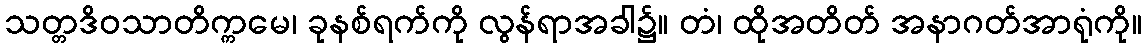
သတ္တဒိဝသာတိက္ကမေ၊ ခုနစ်ရက်ကို လွန်ရာအခါ၌။ တံ၊ ထိုအတိတ် အနာဂတ်အာရုံကို။